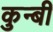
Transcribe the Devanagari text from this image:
कुन्बी